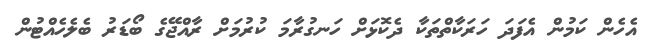
އެހެން ކަމުން އެފަދަ ހަރަކާތްތަކާ ދެކޮޅަށް ހަނގުރާމަ ކުރުމަށް ރާއްޖޭގެ ބޯޑަރު ބެލެހެއްޓުން